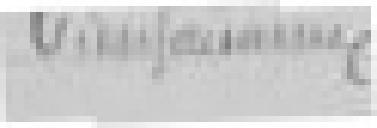
bienfaisance